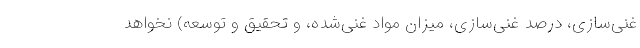
غنی‌سازی، درصد غنی‌سازی، میزان مواد غنی‌شده، و تحقیق و توسعه) نخواهد